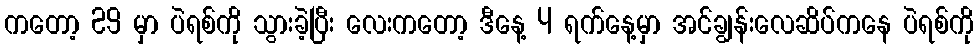
ကတော့ 29 မှာ ပဲရစ်ကို သွားခဲ့ပြီး လေးကတော့ ဒီနေ့ 4 ရက်နေ့မှာ အင်ချွန်းလေဆိပ်ကနေ ပဲရစ်ကို